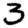
Digit: 3